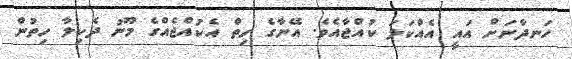
ހަނދާނަށް އައީ އެއްކަލަ ކުއްޖާއެވެ. އޭނާގެ ހިތް އެކުއްޖެއްގެ މޫނު ދެކިލާ ހިތުން